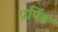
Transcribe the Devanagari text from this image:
प्रपिंड